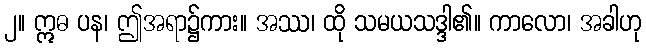
၂။ ဣဓ ပန၊ ဤအရာ၌ကား။ အဿ၊ ထို သမယသဒ္ဒါ၏။ ကာလော၊ အခါဟု